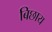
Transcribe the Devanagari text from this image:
बिछाय